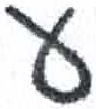
אות: ע